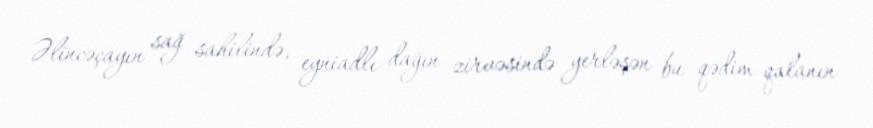
Əlincəçayın sağ sahilində, eyniadlı dağın zirvəsində yerləşən bu qədim qalanın